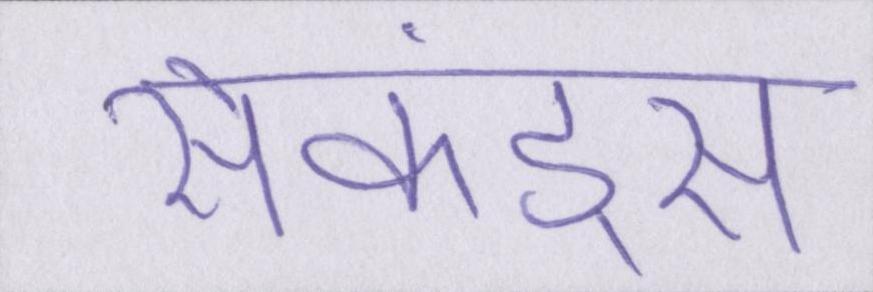
सेकंड्स